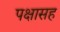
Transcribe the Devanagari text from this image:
पक्षासह